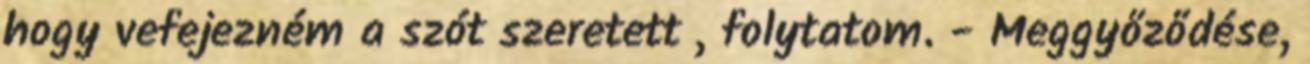
hogy vefejezném a szót szeretett , folytatom. - Meggyőződése,